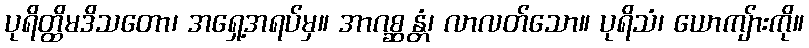
ပုရိတ္ထိမဒိသတော၊ အရှေ့အရပ်မှ။ အာဂစ္ဆန္တံ၊ လာလတ်သော။ ပုရိသံ၊ ယောကျ်ားကို။